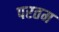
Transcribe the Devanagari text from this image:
परतम